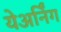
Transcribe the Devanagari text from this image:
येअर्निंग